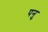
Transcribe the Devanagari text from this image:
पनु